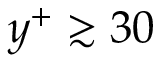
y ^ { + } \gtrsim 3 0